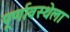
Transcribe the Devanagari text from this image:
पूर्णावस्थेला